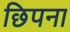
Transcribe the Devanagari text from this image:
छिपना